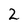
Character: 2